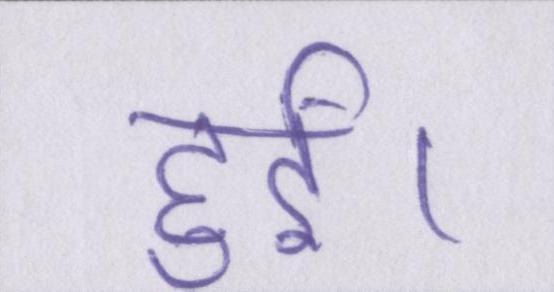
हुईं।